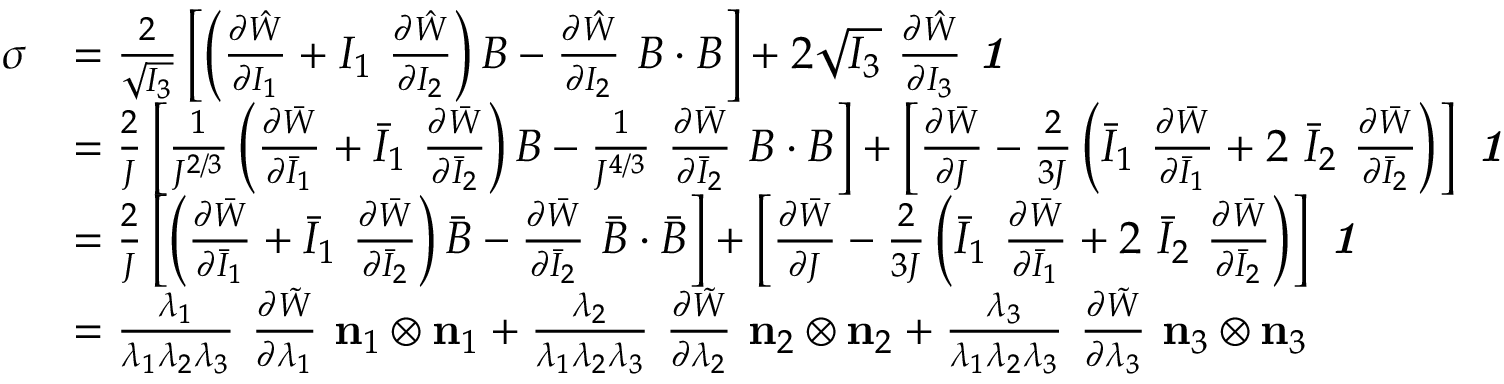
{ \begin{array} { r l } { { \boldsymbol { \sigma } } } & { = { \frac { 2 } { \sqrt { I _ { 3 } } } } \left[ \left( { \frac { \partial { \hat { W } } } { \partial I _ { 1 } } } + I _ { 1 } ~ { \frac { \partial { \hat { W } } } { \partial I _ { 2 } } } \right) { \boldsymbol { B } } - { \frac { \partial { \hat { W } } } { \partial I _ { 2 } } } ~ { \boldsymbol { B } } \cdot { \boldsymbol { B } } \right] + 2 { \sqrt { I _ { 3 } } } ~ { \frac { \partial { \hat { W } } } { \partial I _ { 3 } } } ~ { \boldsymbol { \mathit { 1 } } } } \\ & { = { \frac { 2 } { J } } \left[ { \frac { 1 } { J ^ { 2 / 3 } } } \left( { \frac { \partial { \bar { W } } } { \partial { \bar { I } } _ { 1 } } } + { \bar { I } } _ { 1 } ~ { \frac { \partial { \bar { W } } } { \partial { \bar { I } } _ { 2 } } } \right) { \boldsymbol { B } } - { \frac { 1 } { J ^ { 4 / 3 } } } ~ { \frac { \partial { \bar { W } } } { \partial { \bar { I } } _ { 2 } } } ~ { \boldsymbol { B } } \cdot { \boldsymbol { B } } \right] + \left[ { \frac { \partial { \bar { W } } } { \partial J } } - { \frac { 2 } { 3 J } } \left( { \bar { I } } _ { 1 } ~ { \frac { \partial { \bar { W } } } { \partial { \bar { I } } _ { 1 } } } + 2 ~ { \bar { I } } _ { 2 } ~ { \frac { \partial { \bar { W } } } { \partial { \bar { I } } _ { 2 } } } \right) \right] ~ { \boldsymbol { \mathit { 1 } } } } \\ & { = { \frac { 2 } { J } } \left[ \left( { \frac { \partial { \bar { W } } } { \partial { \bar { I } } _ { 1 } } } + { \bar { I } } _ { 1 } ~ { \frac { \partial { \bar { W } } } { \partial { \bar { I } } _ { 2 } } } \right) { \bar { \boldsymbol { B } } } - { \frac { \partial { \bar { W } } } { \partial { \bar { I } } _ { 2 } } } ~ { \bar { \boldsymbol { B } } } \cdot { \bar { \boldsymbol { B } } } \right] + \left[ { \frac { \partial { \bar { W } } } { \partial J } } - { \frac { 2 } { 3 J } } \left( { \bar { I } } _ { 1 } ~ { \frac { \partial { \bar { W } } } { \partial { \bar { I } } _ { 1 } } } + 2 ~ { \bar { I } } _ { 2 } ~ { \frac { \partial { \bar { W } } } { \partial { \bar { I } } _ { 2 } } } \right) \right] ~ { \boldsymbol { \mathit { 1 } } } } \\ & { = { \frac { \lambda _ { 1 } } { \lambda _ { 1 } \lambda _ { 2 } \lambda _ { 3 } } } ~ { \frac { \partial { \tilde { W } } } { \partial \lambda _ { 1 } } } ~ \mathbf { n } _ { 1 } \otimes \mathbf { n } _ { 1 } + { \frac { \lambda _ { 2 } } { \lambda _ { 1 } \lambda _ { 2 } \lambda _ { 3 } } } ~ { \frac { \partial { \tilde { W } } } { \partial \lambda _ { 2 } } } ~ \mathbf { n } _ { 2 } \otimes \mathbf { n } _ { 2 } + { \frac { \lambda _ { 3 } } { \lambda _ { 1 } \lambda _ { 2 } \lambda _ { 3 } } } ~ { \frac { \partial { \tilde { W } } } { \partial \lambda _ { 3 } } } ~ \mathbf { n } _ { 3 } \otimes \mathbf { n } _ { 3 } } \end{array} }